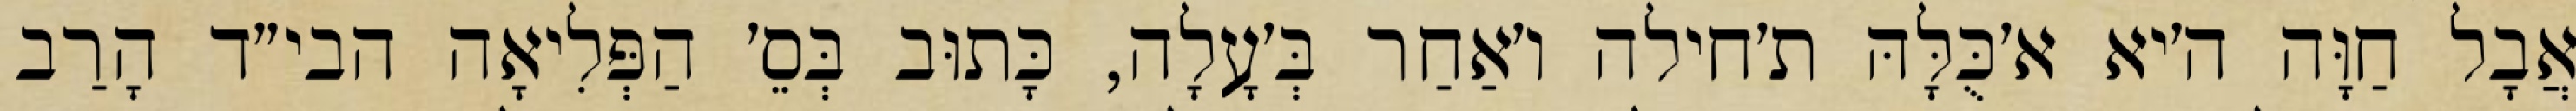
אֲבָל חַוָּה ה׳יא א׳כֻּלָּהּ ת׳חילה ו׳אַחַר בְּ׳עָלָה, כָּתוּב בְּסֵ׳ הַפְּלִיאָה הבי״ד הָרַב